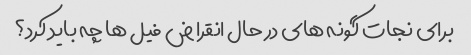
برای نجات گونه های در حال انقراض فیل ها چه باید کرد؟